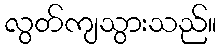
လွတ်ကျသွားသည်။